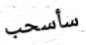
سأسحب